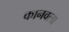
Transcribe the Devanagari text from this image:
कानवला